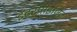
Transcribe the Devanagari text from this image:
इंटरप्राइजिज़